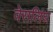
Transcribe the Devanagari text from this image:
वेसलिंघ